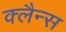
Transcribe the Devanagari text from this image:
क्लैन्स